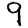
Digit: 9